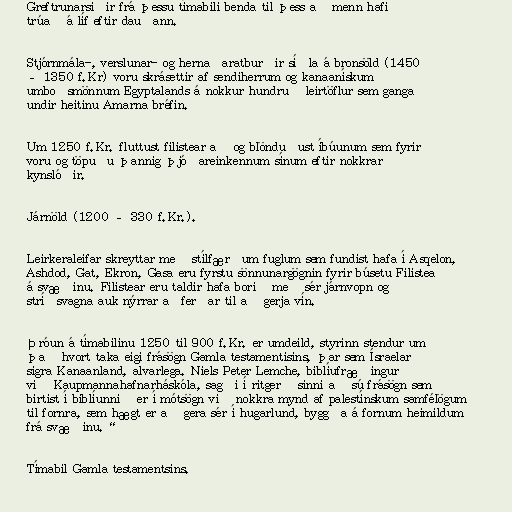
Greftrunarsiðir frá þessu tímabili benda til þess að menn hafi
trúað á líf eftir dauðann.

Stjórnmála-, verslunar- og hernaðaratburðir síðla á bronsöld (1450
– 1350 f.Kr) voru skrásettir af sendiherrum og kanaanískum
umboðsmönnum Egyptalands á nokkur hundruð leirtöflur sem ganga
undir heitinu Amarna bréfin.

Um 1250 f.Kr. fluttust filistear að og blönduðust íbúunum sem fyrir
voru og töpuðu þannig þjóðareinkennum sínum eftir nokkrar
kynslóðir.

Járnöld (1200 – 330 f.Kr.).

Leirkeraleifar skreyttar með stílfærðum fuglum sem fundist hafa í Asqelon,
Ashdod, Gat, Ekron, Gasa eru fyrstu sönnunargögnin fyrir búsetu Filistea
á svæðinu. Filistear eru taldir hafa borið með sér járnvopn og
stríðsvagna auk nýrrar aðferðar til að gerja vín.

Þróun á tímabilinu 1250 til 900 f.Kr. er umdeild, styrinn stendur um
það hvort taka eigi frásögn Gamla testamentisins, þar sem Ísraelar
sigra Kanaanland, alvarlega. Niels Peter Lemche, biblíufræðingur
við Kaupmannahafnarháskóla, sagði í ritgerð sinni að sú frásögn sem
birtist í biblíunni „er í mótsögn við nokkra mynd af palestínskum samfélögum
til fornra, sem hægt er að gera sér í hugarlund, byggða á fornum heimildum
frá svæðinu.“

Tímabil Gamla testamentsins.